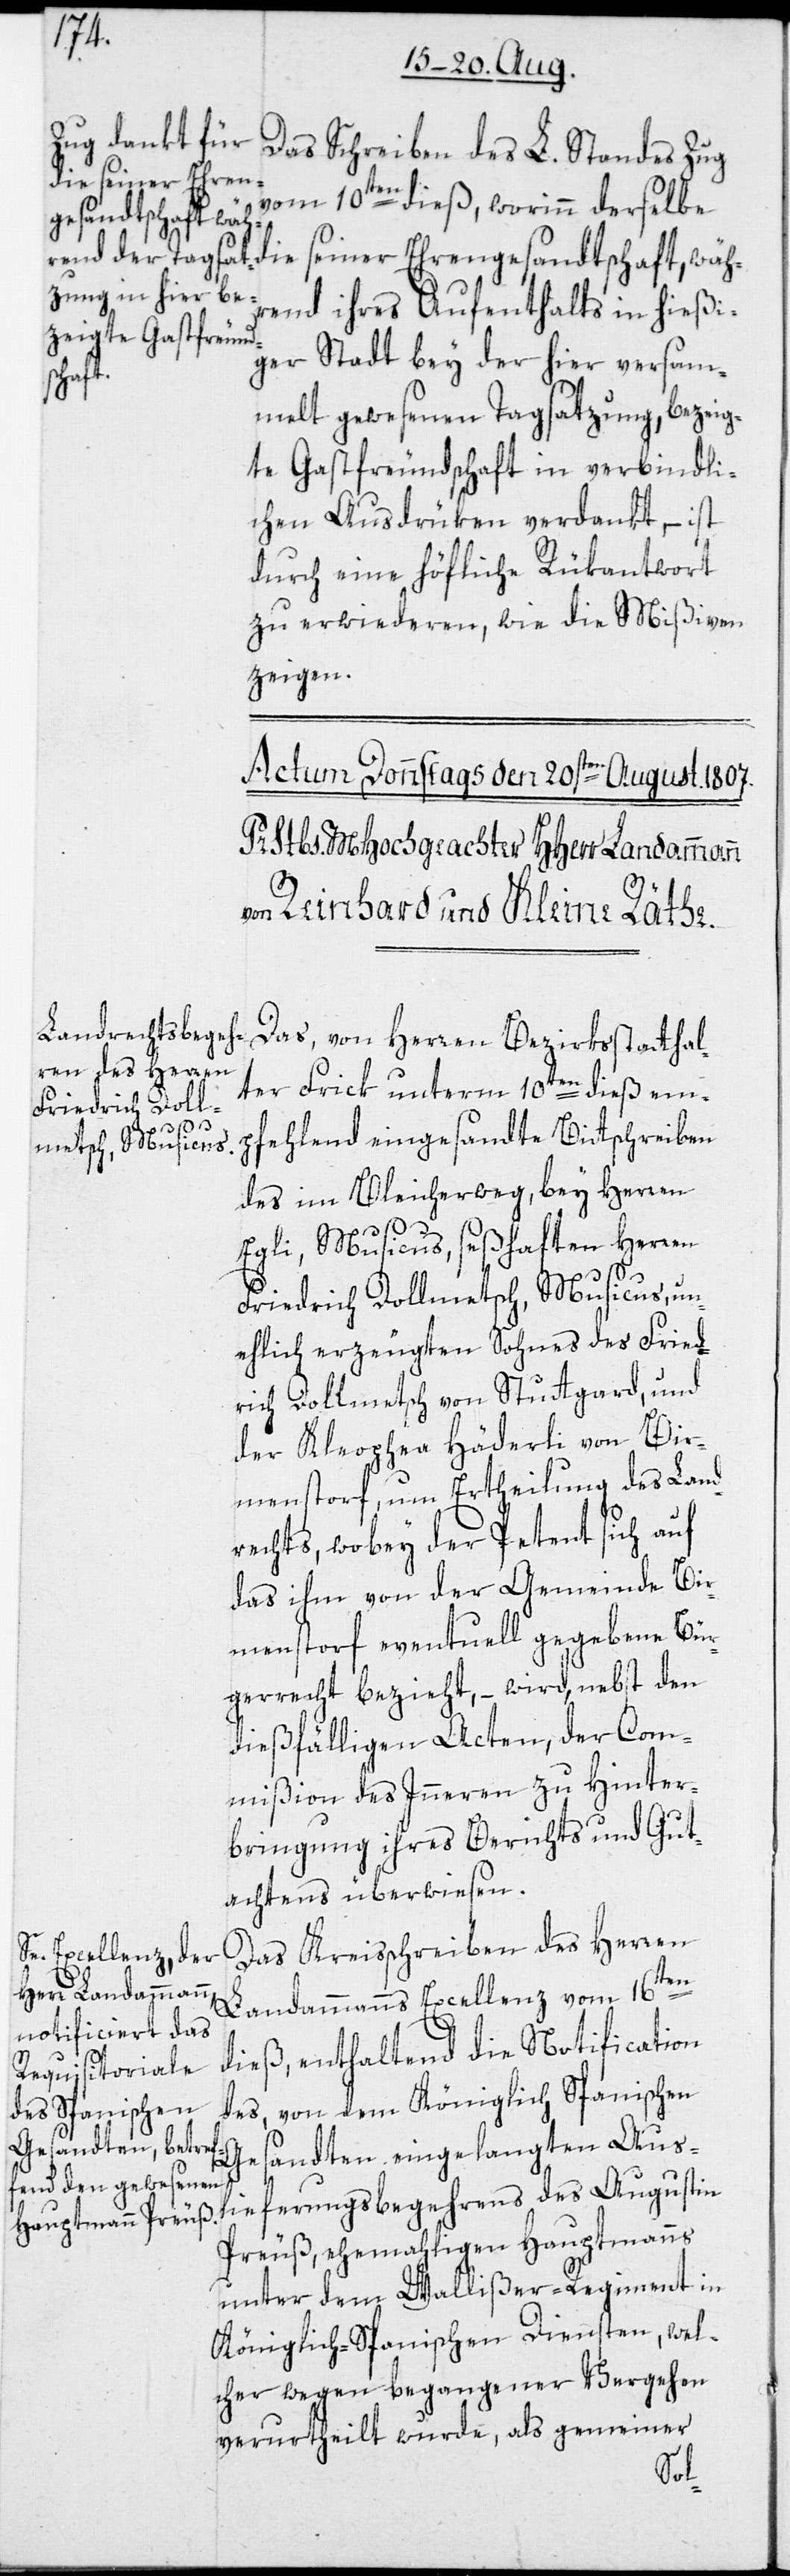
Das Schreiben des L. Standes Zug
vom 10ten dieß, worinn derselbe
die seiner Ehrengesandtschaft, wäh¬
rend ihres Aufenthalts in hießi¬
ger Stadt bey der hier versam¬
melt gewesenen Tagsatzung, bezeig¬
te Gastfreundschaft in verbindli¬
chen Ausdrüken verdankt, – ist
durch eine höfliche Rükantwort
zu erwiederen, wie die Mißiven
zeigen.
Das, von Herren Bezirksstatthal¬
ter Frick unterm 10ten dieß em¬
begehrens
pfehlend eingesandte Bittschreiben
des im Bleicherweg, bey Herren
Egli, Musicus, seßhaften Herren
Friedrich Dollmetsch, Musicus, un¬
ehlich erzeugten Sohnes des Fried¬
rich Dollmetsch von Stuttgard, und
der Kleophea Häderli von Bir¬
menstorf, um Ertheilung des Land¬
rechts, wobey der Petent sich auf
das ihm von der Gemeinde Bir¬
menstorf eventuell gegebene Bür¬
gerrecht bezieht, – wird, nebst den
dießfälligen Acten, der Com¬
mißion des Inneren zu Hinter¬
bringung ihres Berichts und Gut¬
achtens überwiesen.
Das Kreisschreiben des Herren
Landammanns Excellenz vom 16ten
dieß, enthaltend die Notification
des, von dem Königlich Spanischen
Gesandten eingelangten Aus¬
Preuß, ehemahligen Hauptmanns
unter dem Wallißer-Regiment in
Königlich-Spanischen Diensten, wel¬
cher wegen begangener Vergehen
verurtheilt wurde, als gemeiner